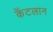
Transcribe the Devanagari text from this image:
कॅटलान